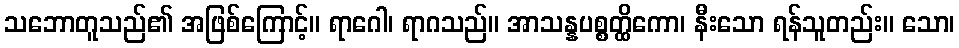
သဘောတူသည်၏ အဖြစ်ကြောင့်။ ရာဂေါ၊ ရာဂသည်။ အာသန္နပစ္စတ္ထိကော၊ နီးသော ရန်သူတည်း။ သော၊